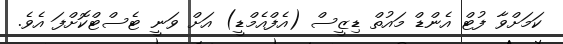
ކަމަށްވާ ފުޓް އެންޑް މައުތް ޑިޒީސް (އެފްއެމްޑީ) އަށް ވަނީ ޓެސްޓްކޮށްފަ އެވެ.